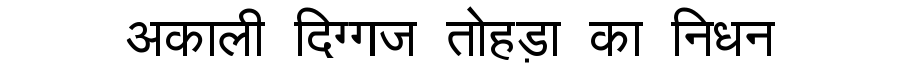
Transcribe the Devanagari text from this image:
अकाली दिग्गज तोहड़ा का निधन